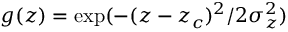
g ( z ) = \exp ( - ( z - z _ { c } ) ^ { 2 } / 2 \sigma _ { z } ^ { 2 } )